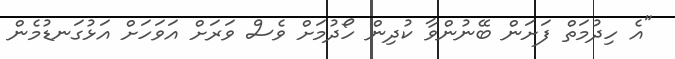
"އެ ހިދުމަތް ފަށަން ބޭނުންވާ ކުދިން ހޯދުމަށް ވެސް ވަރަށް އަވަހަށް އަޅުގަނޑުމެން